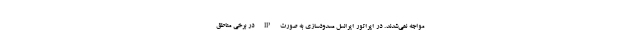
مواجه نمی‌شدند. در اپراتور ایرانسل مسدودسازی به صورت IP در برخی مناطق